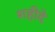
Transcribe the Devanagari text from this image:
शहीदे